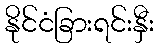
နိုင်ငံခြားရင်းနှီး